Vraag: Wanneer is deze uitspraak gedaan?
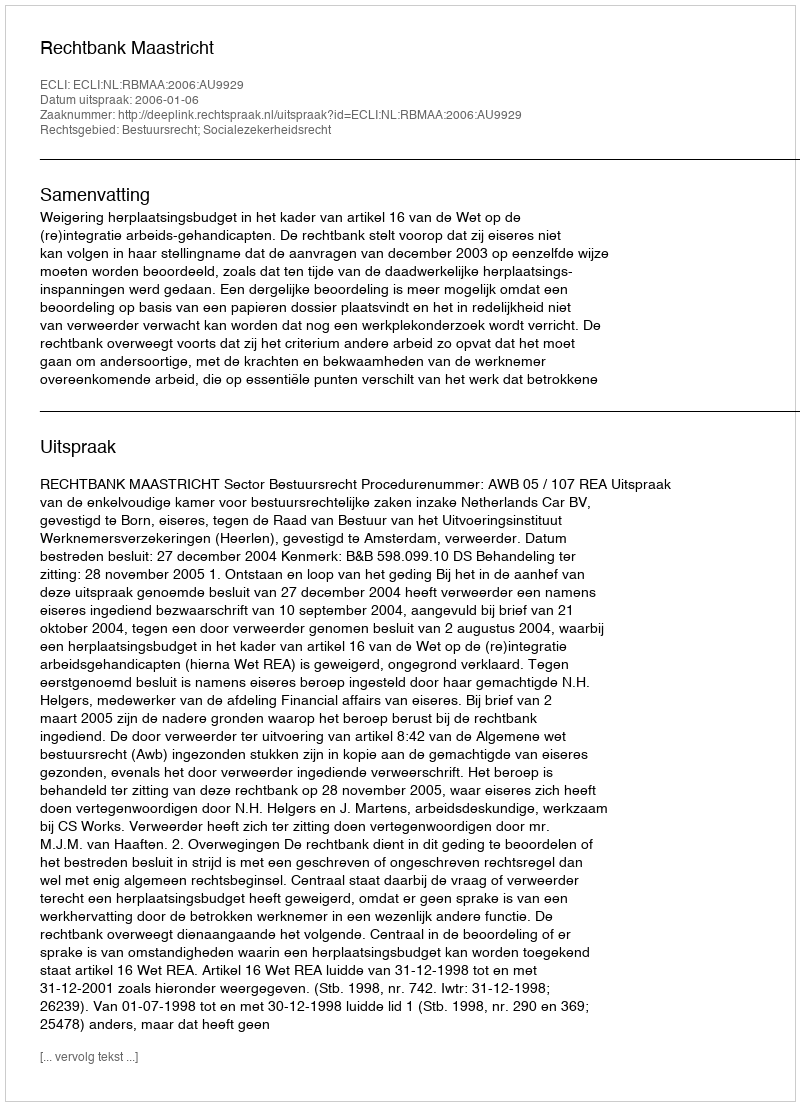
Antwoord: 2006-01-06